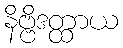
နိဗ္ဗိဒတ္ထာယ